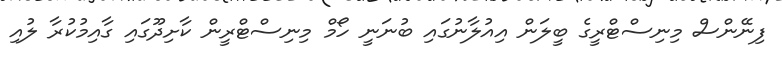
ފިނޭންސް މިނިސްޓްރީގެ ބީލަން އިއުލާނުގައި ބުނަނީ ހޯމް މިނިސްޓްރީން ކާށިދޫގައި ގާއިމުކުރާ ލުއި